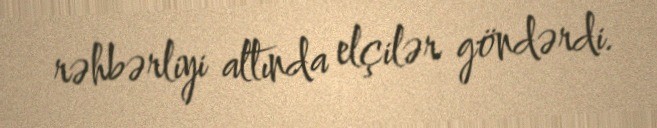
rəhbərliyi altında elçilər göndərdi.